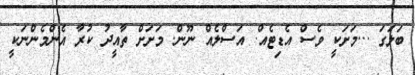
ބަލަގަ ...މަށަކީ ވެސް އެޑިޓެއް. އަސްލެއް ނޫން. މަށަށް ތާއީދު ކުރާ އެންމެންނަކީ